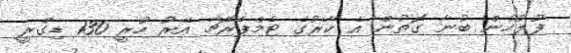
ފުލުހުން ބުނާ ގޮތުން އެ ކާރުގެ ޓެމްޕެރޭޗާ އޭރު ހުރީ 130 ޑިގްރީ